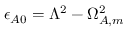
\epsilon _ { A 0 } = \Lambda ^ { 2 } - \Omega _ { A , m } ^ { 2 }